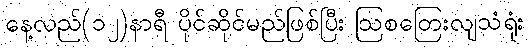
နေ့လည်(၁၂)နာရီ ပိုင်ဆိုင်မည်ဖြစ်ပြီး ဩစတြေးလျသံရုံး